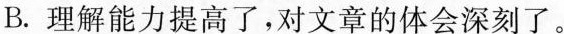
B.理解能力提高了，对文章的体会深刻了。